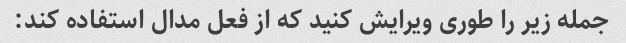
جمله زیر را طوری ویرایش کنید که از فعل مدال استفاده کند: